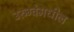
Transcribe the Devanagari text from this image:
उरुग्वेमधील